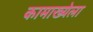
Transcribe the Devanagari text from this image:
कामाख्येला